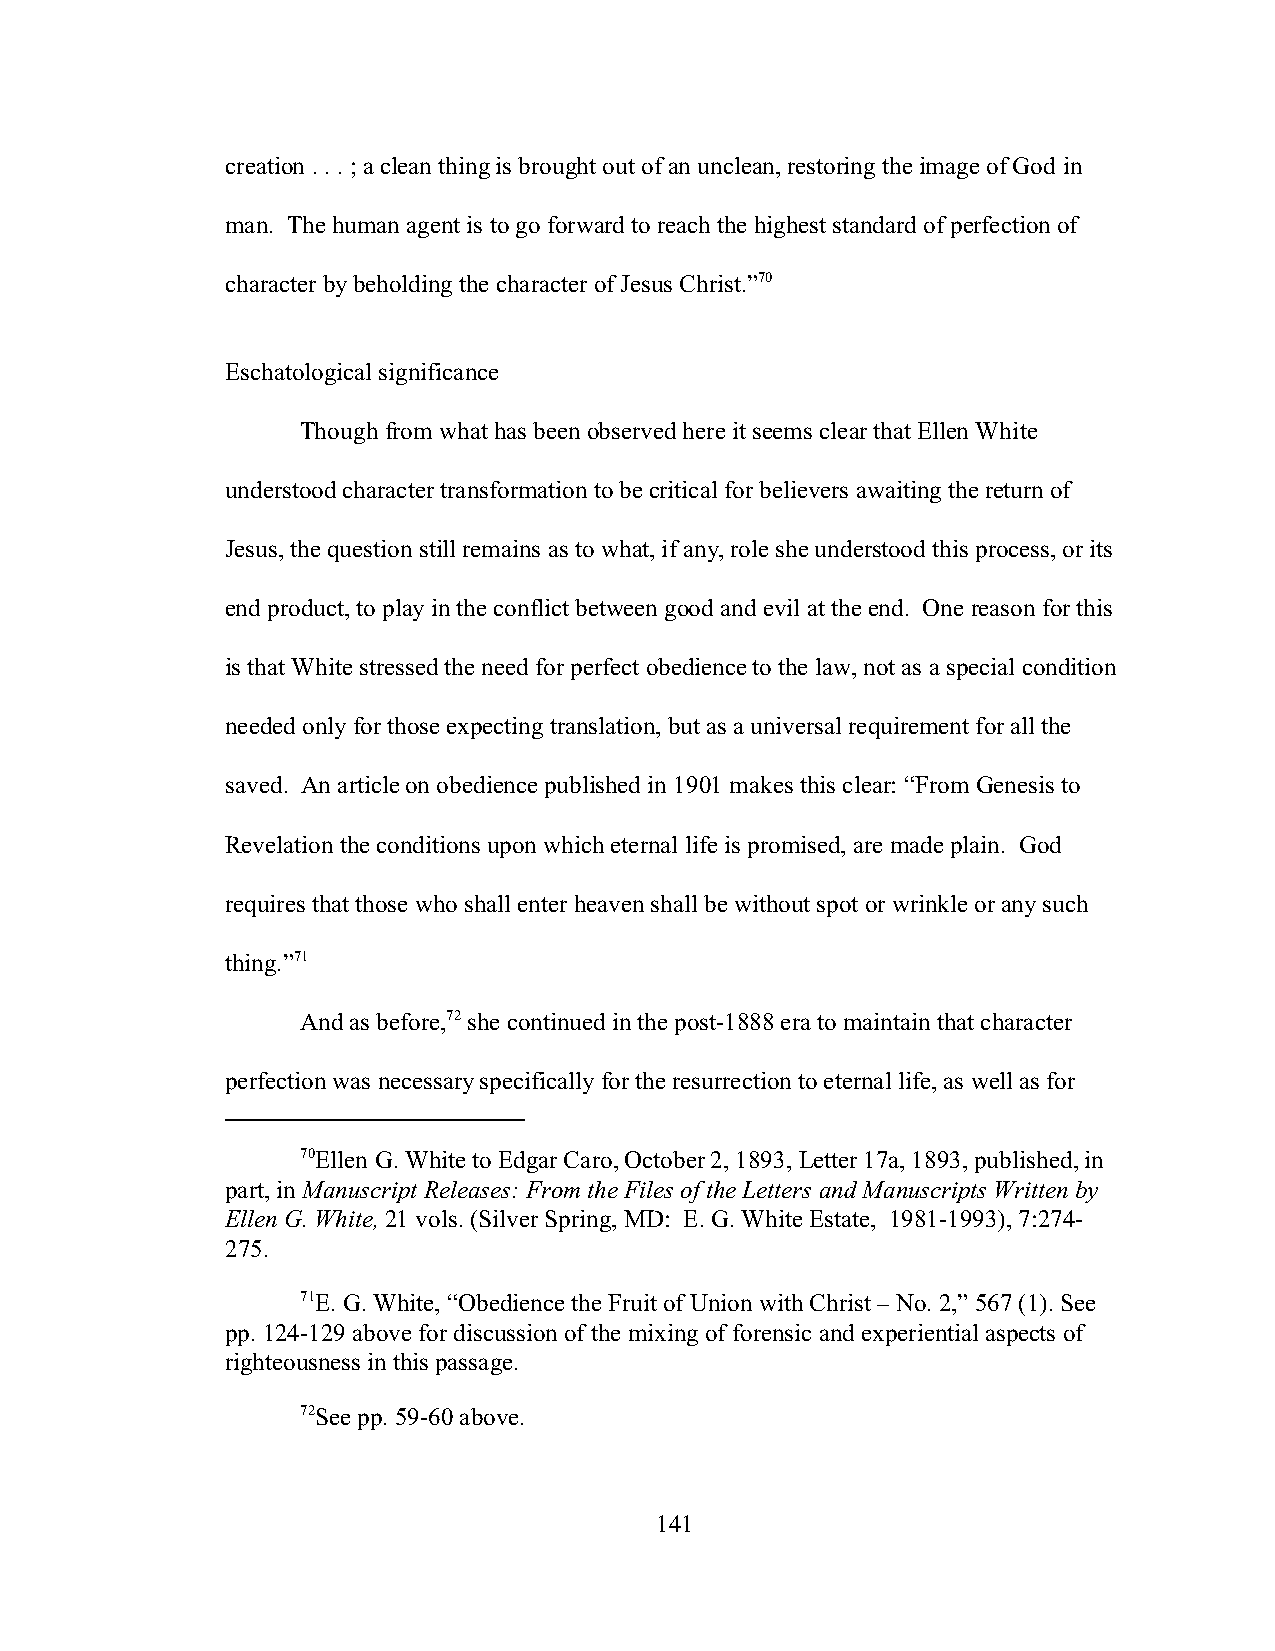
creation . . . ; a clean thing is brought out of an unclean, restoring the image of God in
 man. The human agent is to go forward to reach the highest standard of perfection of
 character by beholding the character of Jesus Christ.”70
 Eschatological significance
 Though from what has been observed here it seems clear that Ellen White
 understood character transformation to be critical for believers awaiting the return of
 Jesus, the question still remains as to what, if any, role she understood this process, or its
 end product, to play in the conflict between good and evil at the end. One reason for this
 is that White stressed the need for perfect obedience to the law, not as a special condition
 needed only for those expecting translation, but as a universal requirement for all the
 saved. An article on obedience published in 1901 makes this clear: “From Genesis to
 Revelation the conditions upon which eternal life is promised, are made plain. God
 requires that those who shall enter heaven shall be without spot or wrinkle or any such
 thing.”71
 And as before,72 she continued in the post-1888 era to maintain that character
 perfection was necessary specifically for the resurrection to eternal life, as well as for
 70Ellen G. White to Edgar Caro, October 2, 1893, Letter 17a, 1893, published, in
 part, in Manuscript Releases: From the Files of the Letters and Manuscripts Written by
 Ellen G. White, 21 vols. (Silver Spring, MD: E. G. White Estate, 1981-1993), 7:274-
 275.
 71E. G. White, “Obedience the Fruit of Union with Christ – No. 2,” 567 (1). See
 pp. 124-129 above for discussion of the mixing of forensic and experiential aspects of
 righteousness in this passage.
 72See pp. 59-60 above.
 141